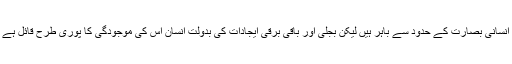
الیکٹران اور باقی بنیادی ذرے بھی انسانی بصارت کے حدود سے باہر ہیں لیکن بجلی اور باقی برقی ایجادات کی بدولت انسان اس کی موجودگی کا پوری طرح قائل ہے اور بھر پور یقین رکھنے والا ہے۔